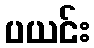
ပယင်း